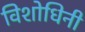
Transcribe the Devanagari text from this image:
विशोधिनी